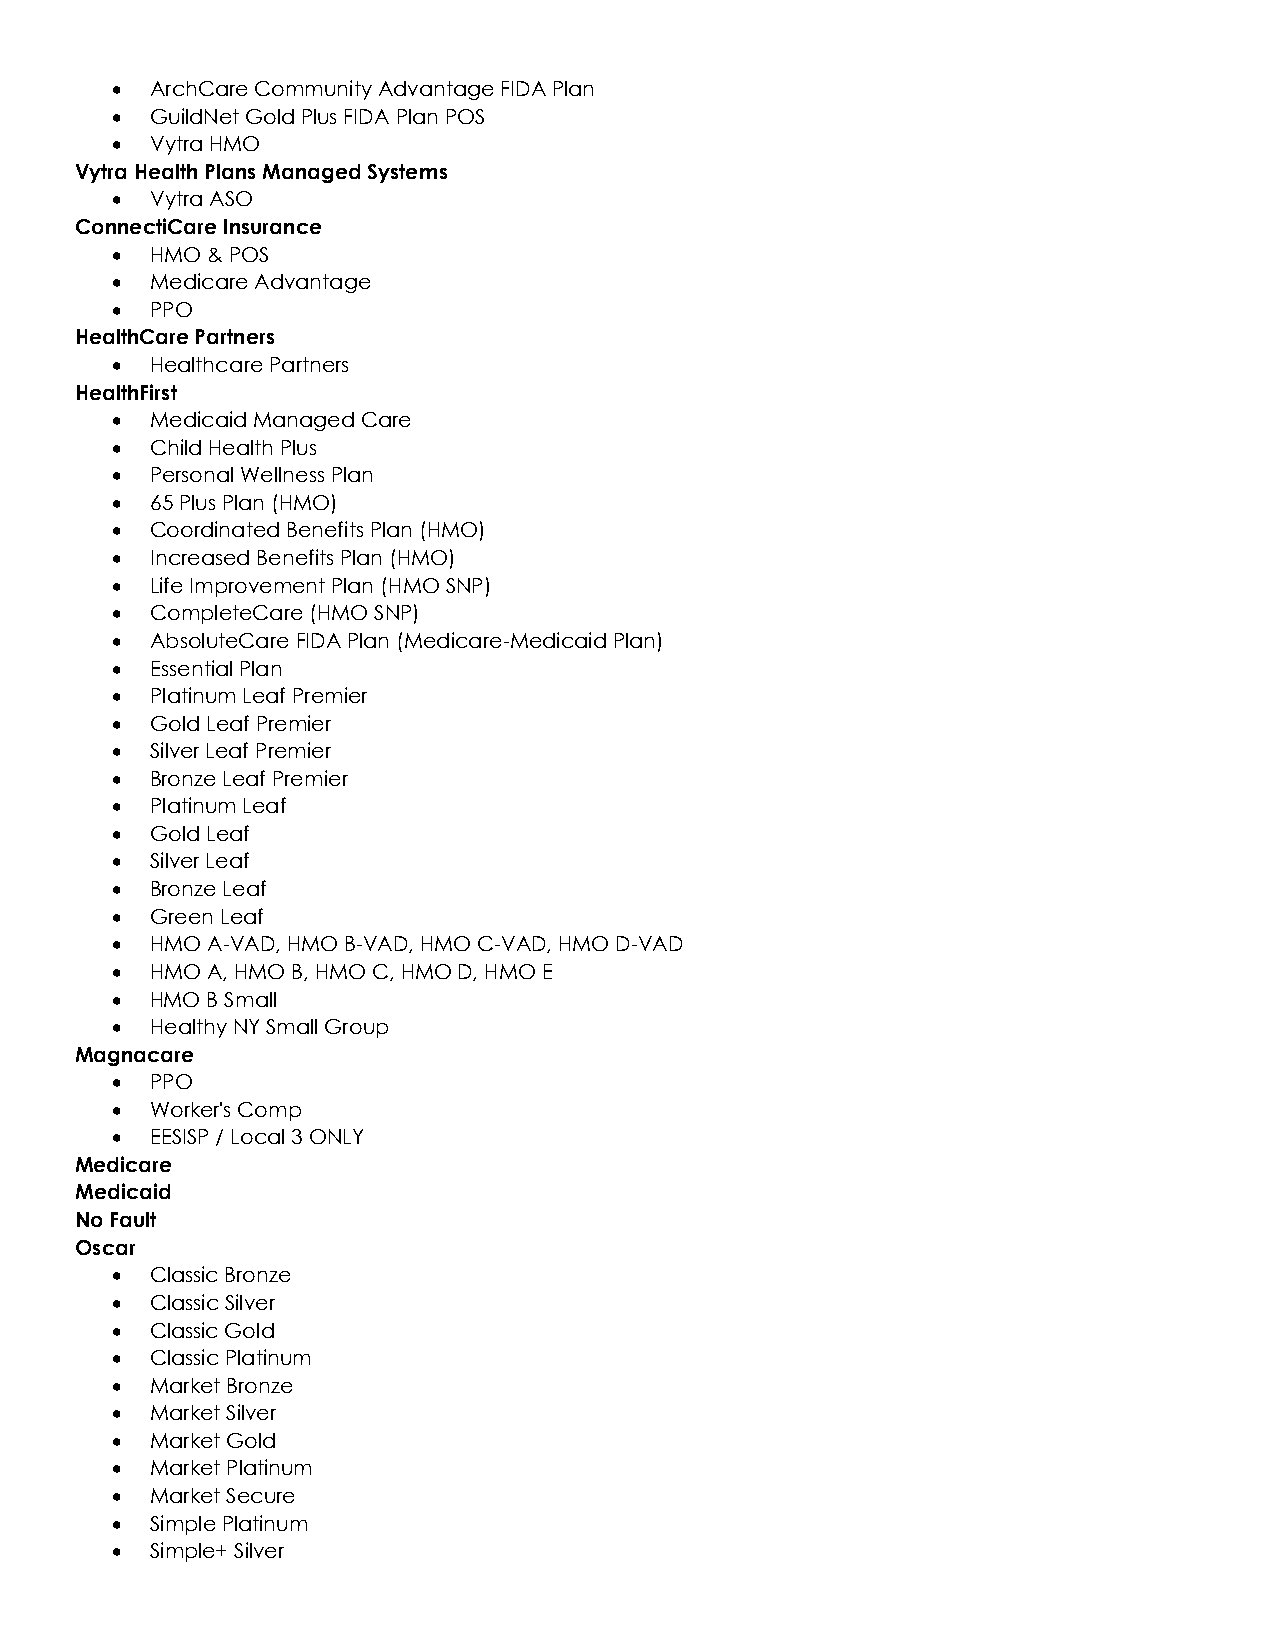
•  ArchCare Community Advantage FIDA Plan
 •  GuildNet Gold Plus FIDA Plan POS
 •  Vytra HMO
 Vytra Health Plans Managed Systems
 •  Vytra ASO
 ConnectiCare Insurance
 •  HMO & POS
 •  Medicare Advantage
 •  PPO
 HealthCare Partners
 •  Healthcare Partners
 HealthFirst
 •  Medicaid Managed Care
 •  Child Health Plus
 •  Personal Wellness Plan
 •  65 Plus Plan (HMO)
 •  Coordinated Benefits Plan (HMO)
 •  Increased Benefits Plan (HMO)
 •  Life Improvement Plan (HMO SNP)
 •  CompleteCare (HMO SNP)
 •  AbsoluteCare FIDA Plan (Medicare-Medicaid Plan)
 •  Essential Plan
 •  Platinum Leaf Premier
 •  Gold Leaf Premier
 •  Silver Leaf Premier
 •  Bronze Leaf Premier
 •  Platinum Leaf
 •  Gold Leaf
 •  Silver Leaf
 •  Bronze Leaf
 •  Green Leaf
 •  HMO A-VAD, HMO B-VAD, HMO C-VAD, HMO D-VAD
 •  HMO A, HMO B, HMO C, HMO D, HMO E
 •  HMO B Small
 •  Healthy NY Small Group
 Magnacare
 •  PPO
 •  Worker's Comp
 •  EESISP / Local 3 ONLY
 Medicare
 Medicaid
 No Fault
 Oscar
 •  Classic Bronze
 •  Classic Silver
 •  Classic Gold
 •  Classic Platinum
 •  Market Bronze
 •  Market Silver
 •  Market Gold
 •  Market Platinum
 •  Market Secure
 •  Simple Platinum
 •  Simple+ Silver